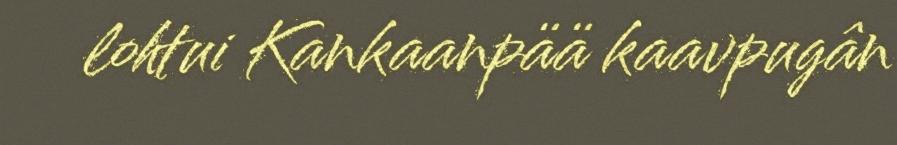
lohtui Kankaanpää kaavpugân